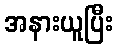
အနားယူပြီး